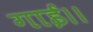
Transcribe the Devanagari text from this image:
गाई।।